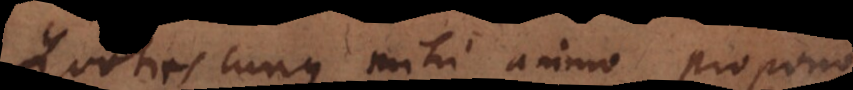
Quotiescunque mihi animo propono